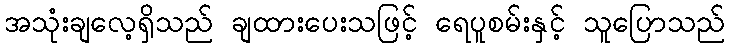
အသုံးချလေ့ရှိသည် ချထားပေးသဖြင့် ရေပူစမ်းနှင့် သူပြောသည်